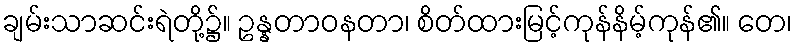
ချမ်းသာဆင်းရဲတို့၌။ ဥန္နတာဝနတာ၊ စိတ်ထားမြင့်ကုန်နိမ့်ကုန်၏။ တေ၊